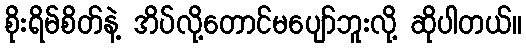
စိုးရိမ်စိတ်နဲ့ အိပ်လို့တောင်မပျော်ဘူးလို့ ဆိုပါတယ်။